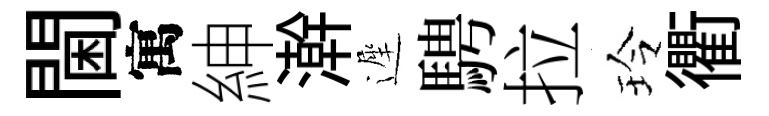
閫寓紳澣遲騁拉玲衢